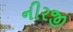
નીરજી